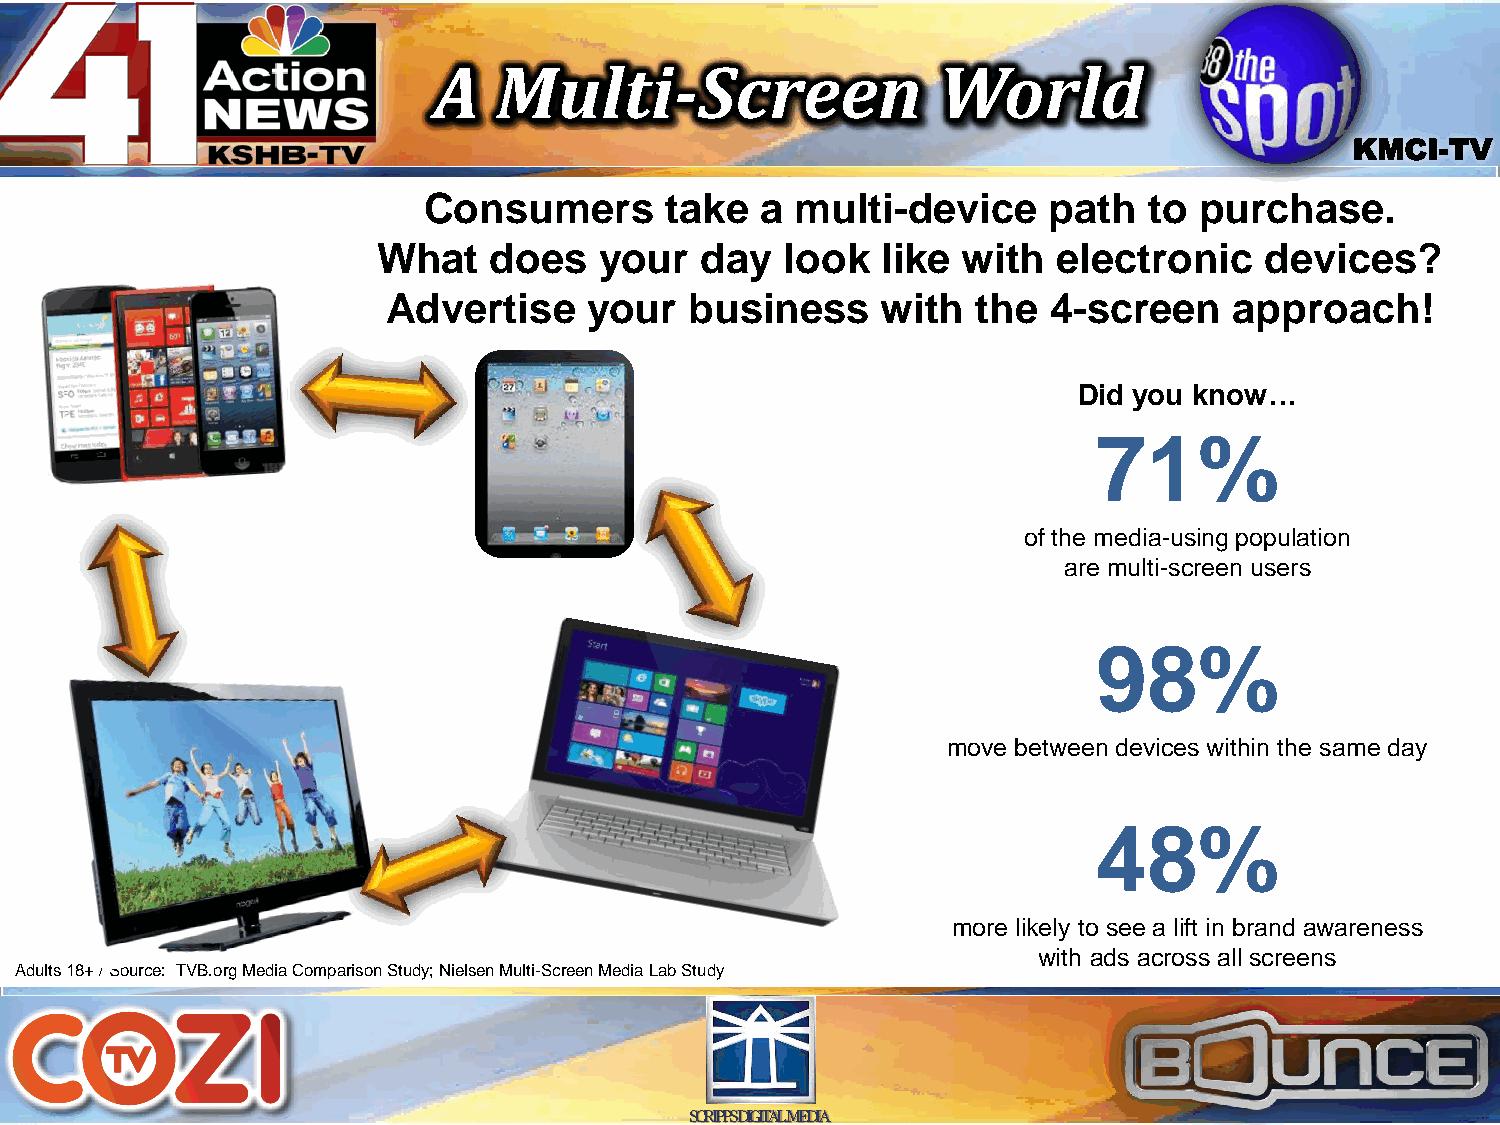
A   Multi-Screen                 World
 KMCI-TV
 Consumers       take  a  multi-device    path   to purchase.
 What   does    your  day   look  like  with  electronic    devices?
 Advertise    your   business    with   the 4-screen     approach!
 Did you know…
 71%
 of the media-using population
 are multi-screen users
 98%
 move between devices within the same day
 48%
 more likely to see a lift in brand awareness
 with ads across all screens
 Adults 18+ / Source: TVB.org Media Comparison Study; Nielsen Multi-Screen Media Lab Study
 SCRIPPS DIGITAL MEDIA